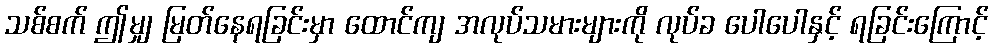
သစ်စက် ဤမျှ မြတ်နေရခြင်းမှာ ထောင်ကျ အလုပ်သမားများကို လုပ်ခ ပေါပေါနှင့် ရခြင်းကြောင့်